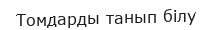
Томдарды танып білу